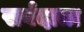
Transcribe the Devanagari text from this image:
सर्वदाता